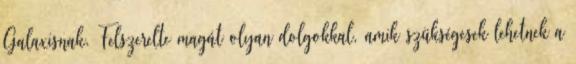
Galaxisnak. Felszerelte magát olyan dolgokkal, amik szükségesek lehetnek a